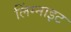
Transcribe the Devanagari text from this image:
लिंग्नाइट